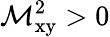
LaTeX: \mathcal{M}_{\textrm{{xy}}}^{2}>0